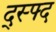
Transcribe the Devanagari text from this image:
द्स्फ्द